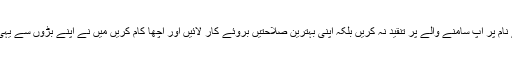
گوہر رشید نے مزید کہا مقابلے کے نام پر آپ سامنے والے پر تنقید نہ کریں بلکہ اپنی بہترین صلاحتیں بروئے کار لائیں اور اچھا کام کریں میں نے اپنے بڑوں سے یہی سیکھا ہے جیسے کہ ہمایوں بھائی۔